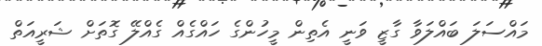
މައްސަލަ ބައްލަވާ ގާޒީ ވަނީ އެތިން މީހުންގެ ހައްގެއް ގެއްލޭ ގޮތަށް ޝަރީއަތް